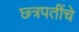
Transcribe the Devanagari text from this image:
छ्त्रपतींचे